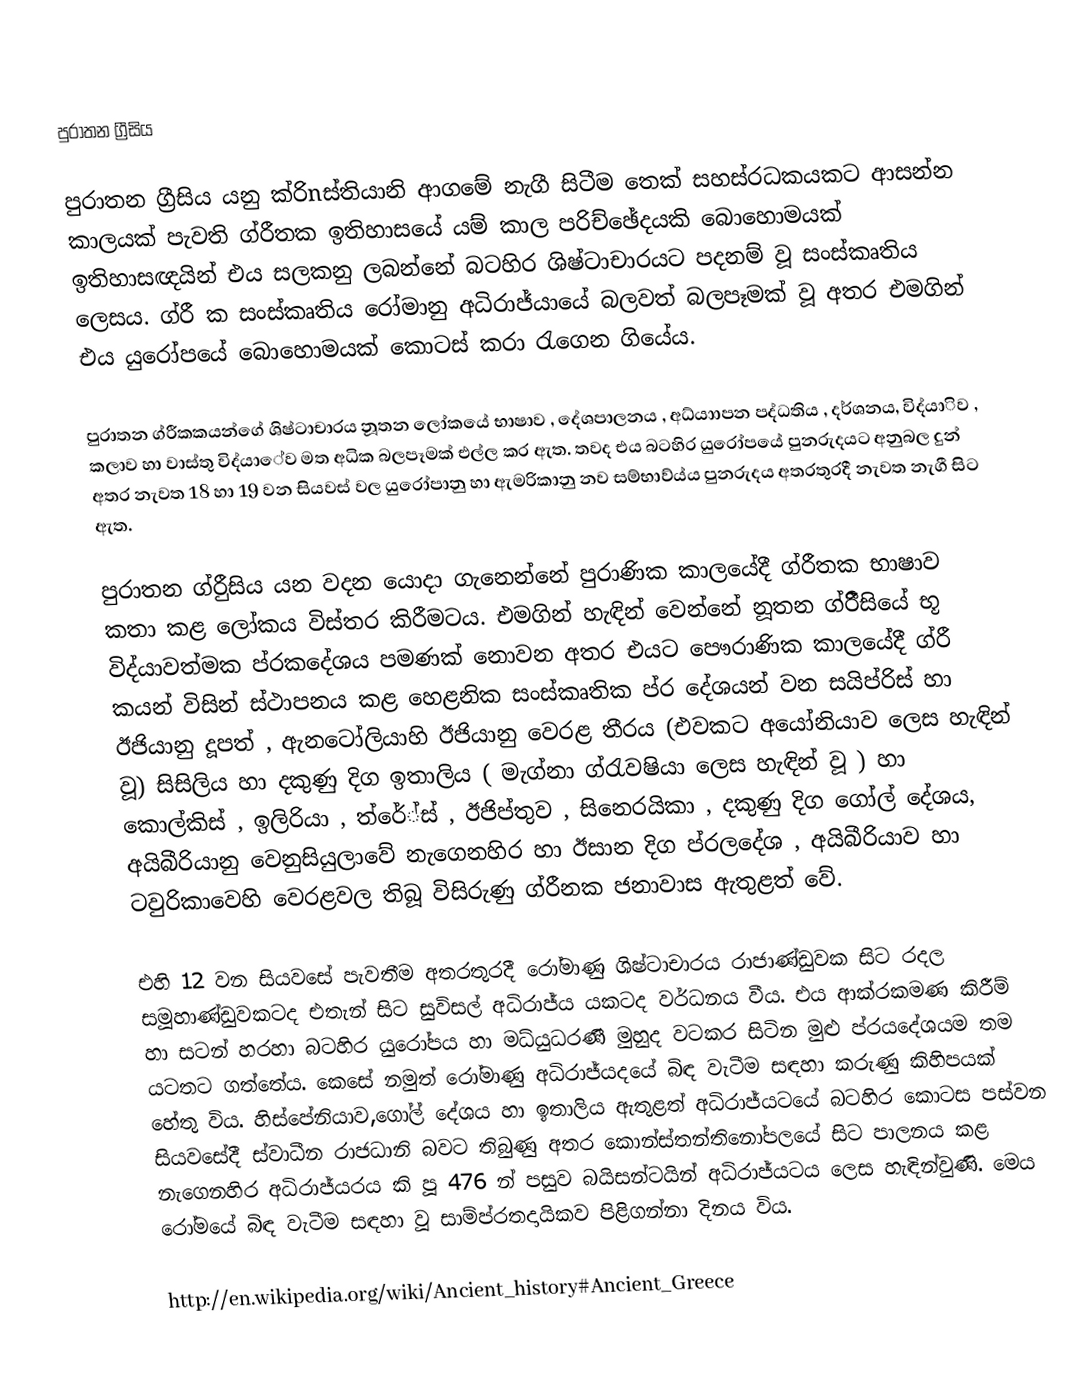
පුරාතන ග්‍රීසිය

පුරාතන ග්‍රීසිය යනු ක්රිnස්තියානි ආගමේ නැගී සිටීම තෙක් සහස්රධකයකට ආසන්න කාලයක් පැවති ග්රීතක ඉතිහාසයේ යම් කාල පරිච්ඡේදයකි බොහොමයක් ඉතිහාසඥයින් එය සලකනු ලබන්නේ බටහිර ශිෂ්ටාචාරයට පදනම් වූ සංස්කෘතිය ලෙසය. ග්රී ක සංස්කෘතිය රෝමානු අධිරාජ්යායේ බලවත් බලපෑමක් වූ  අතර එමගින් එය යුරෝපයේ බොහොමයක් කොටස් කරා රැගෙන ගියේය.

පුරාතන ග්රීකකයන්ගේ ශිෂ්ටාචාරය නූතන ලෝකයේ භාෂාව , දේශපාලනය , අධ්යාාපන පද්ධතිය , දර්ශනය, විද්යාිව , කලාව හා වාස්තු විද්යාේව මත අධික බලපෑමක් එල්ල කර ඇත. තවද එය බටහිර යුරෝපයේ පුනරුදයට අනුබල දුන් අතර නැවත 18 හා 19 වන සියවස් වල යුරෝපානු හා ඇමරිකානු නව සම්භාව්ය්ය පුනරුදය අතරතුරදී නැවත නැගී සිට ඇත.

පුරාතන ග්රීුසිය යන වදන යොදා ගැනෙන්නේ පුරාණික කාලයේදී ග්රීතක භාෂාව කතා කළ ලෝකය විස්තර කිරීමටය. එමගින් හැඳින් වෙන්නේ නූතන ග්රීීසියේ භූ විද්යාවත්මක ප්රකදේශය පමණක් නොවන අතර එයට  පෞරාණික කාලයේදී ග්රී කයන් විසින් ස්ථාපනය කළ හෙළනික සංස්කෘතික ප්ර දේශයන් වන සයිප්රිස් හා ඊජියානු දූපත් , ඇනටෝලියාහි ඊජියානු වෙරළ තීරය (එවකට අයෝනියාව ලෙස හැඳින් වූ) සිසිලිය හා දකුණු දිග ඉතාලිය ( මැග්නා ග්රැවෂියා ලෙස හැඳින් වූ ) හා කොල්කිස් , ඉලිරියා , ත්රේ්ස් , ඊජිප්තුව , සිනෙරයිකා , දකුණු දිග ගෝල් දේශය, අයිබීරියානු වෙනුසියුලාවේ නැගෙනහිර හා ඊසාන දිග ප්රලදේශ , අයිබීරියාව හා ටවුරිකාවෙහි වෙරළවල තිබූ විසිරුණු ග්රීනක ජනාවාස ඇතුළත් වේ.

එහි 12 වන සියවසේ පැවතීම අතරතුරදී රෝමාණු ශිෂ්ටාචාරය රාජාණ්ඩුවක සිට රදල සමූහාණ්ඩුවකටද එතැන් සිට සුවිසල් අධිරාජ්ය යකටද වර්ධනය වීය. එය ආක්රකමණ කිරීම් හා සටන් හරහා බටහිර යුරෝපය හා මධ්යුධරණී මුහුද වටකර සිටින මුළු ප්රයදේශයම තම යටතට ගත්තේය. කෙසේ නමුත් රෝමාණු අධිරාජ්යදයේ බිඳ වැටීම සඳහා කරුණු කිහිපයක් හේතු විය. හිස්පේනියාව,ගෝල් දේශය හා ඉතාලිය ඇතුළත්  අධිරාජ්යටයේ බ‍ටහිර කොටස  පස්වන සියවසේදී ස්වාධීන රාජධානි බවට තිබුණු අතර කොන්ස්තන්තිනෝපලයේ සිට පාලනය කළ නැගෙනහිර අධිරාජ්යරය කි පූ 476 න් පසුව බයිසන්ටයින් අධිරාජ්යටය ලෙස හැඳින්වුණි. මෙය රෝමයේ බිඳ වැටීම සඳහා වූ සාම්ප්රතදායිකව පිළිගන්නා දිනය විය.

http://en.wikipedia.org/wiki/Ancient_history#Ancient_Greece